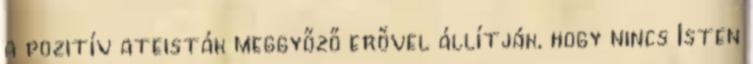
a pozitív ateisták meggyőző erővel állítják, hogy nincs Isten